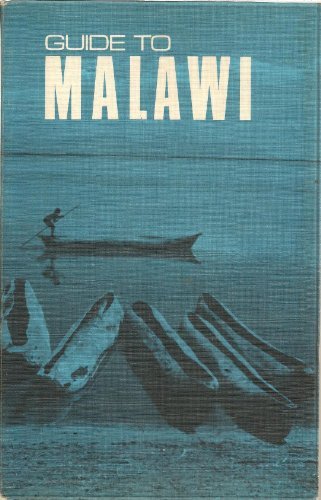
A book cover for Guide to Malawi; Peter Randall; Travel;